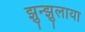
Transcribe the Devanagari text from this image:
झुन्झुलाया